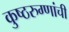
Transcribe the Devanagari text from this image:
कुष्ठरुग्णांची